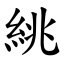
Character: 絩